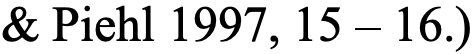
& Piehl 1997, 15 – 16.)